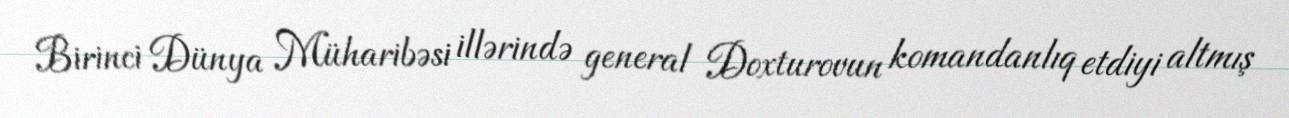
Birinci Dünya Müharibəsi illərində general Doxturovun komandanlıq etdiyi altmış